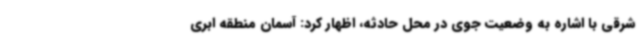
شرقی با اشاره به وضعیت جوی در محل حادثه، اظهار کرد: آسمان منطقه ابری